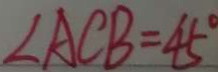
\angle A C B = 4 5 ^ { \circ }